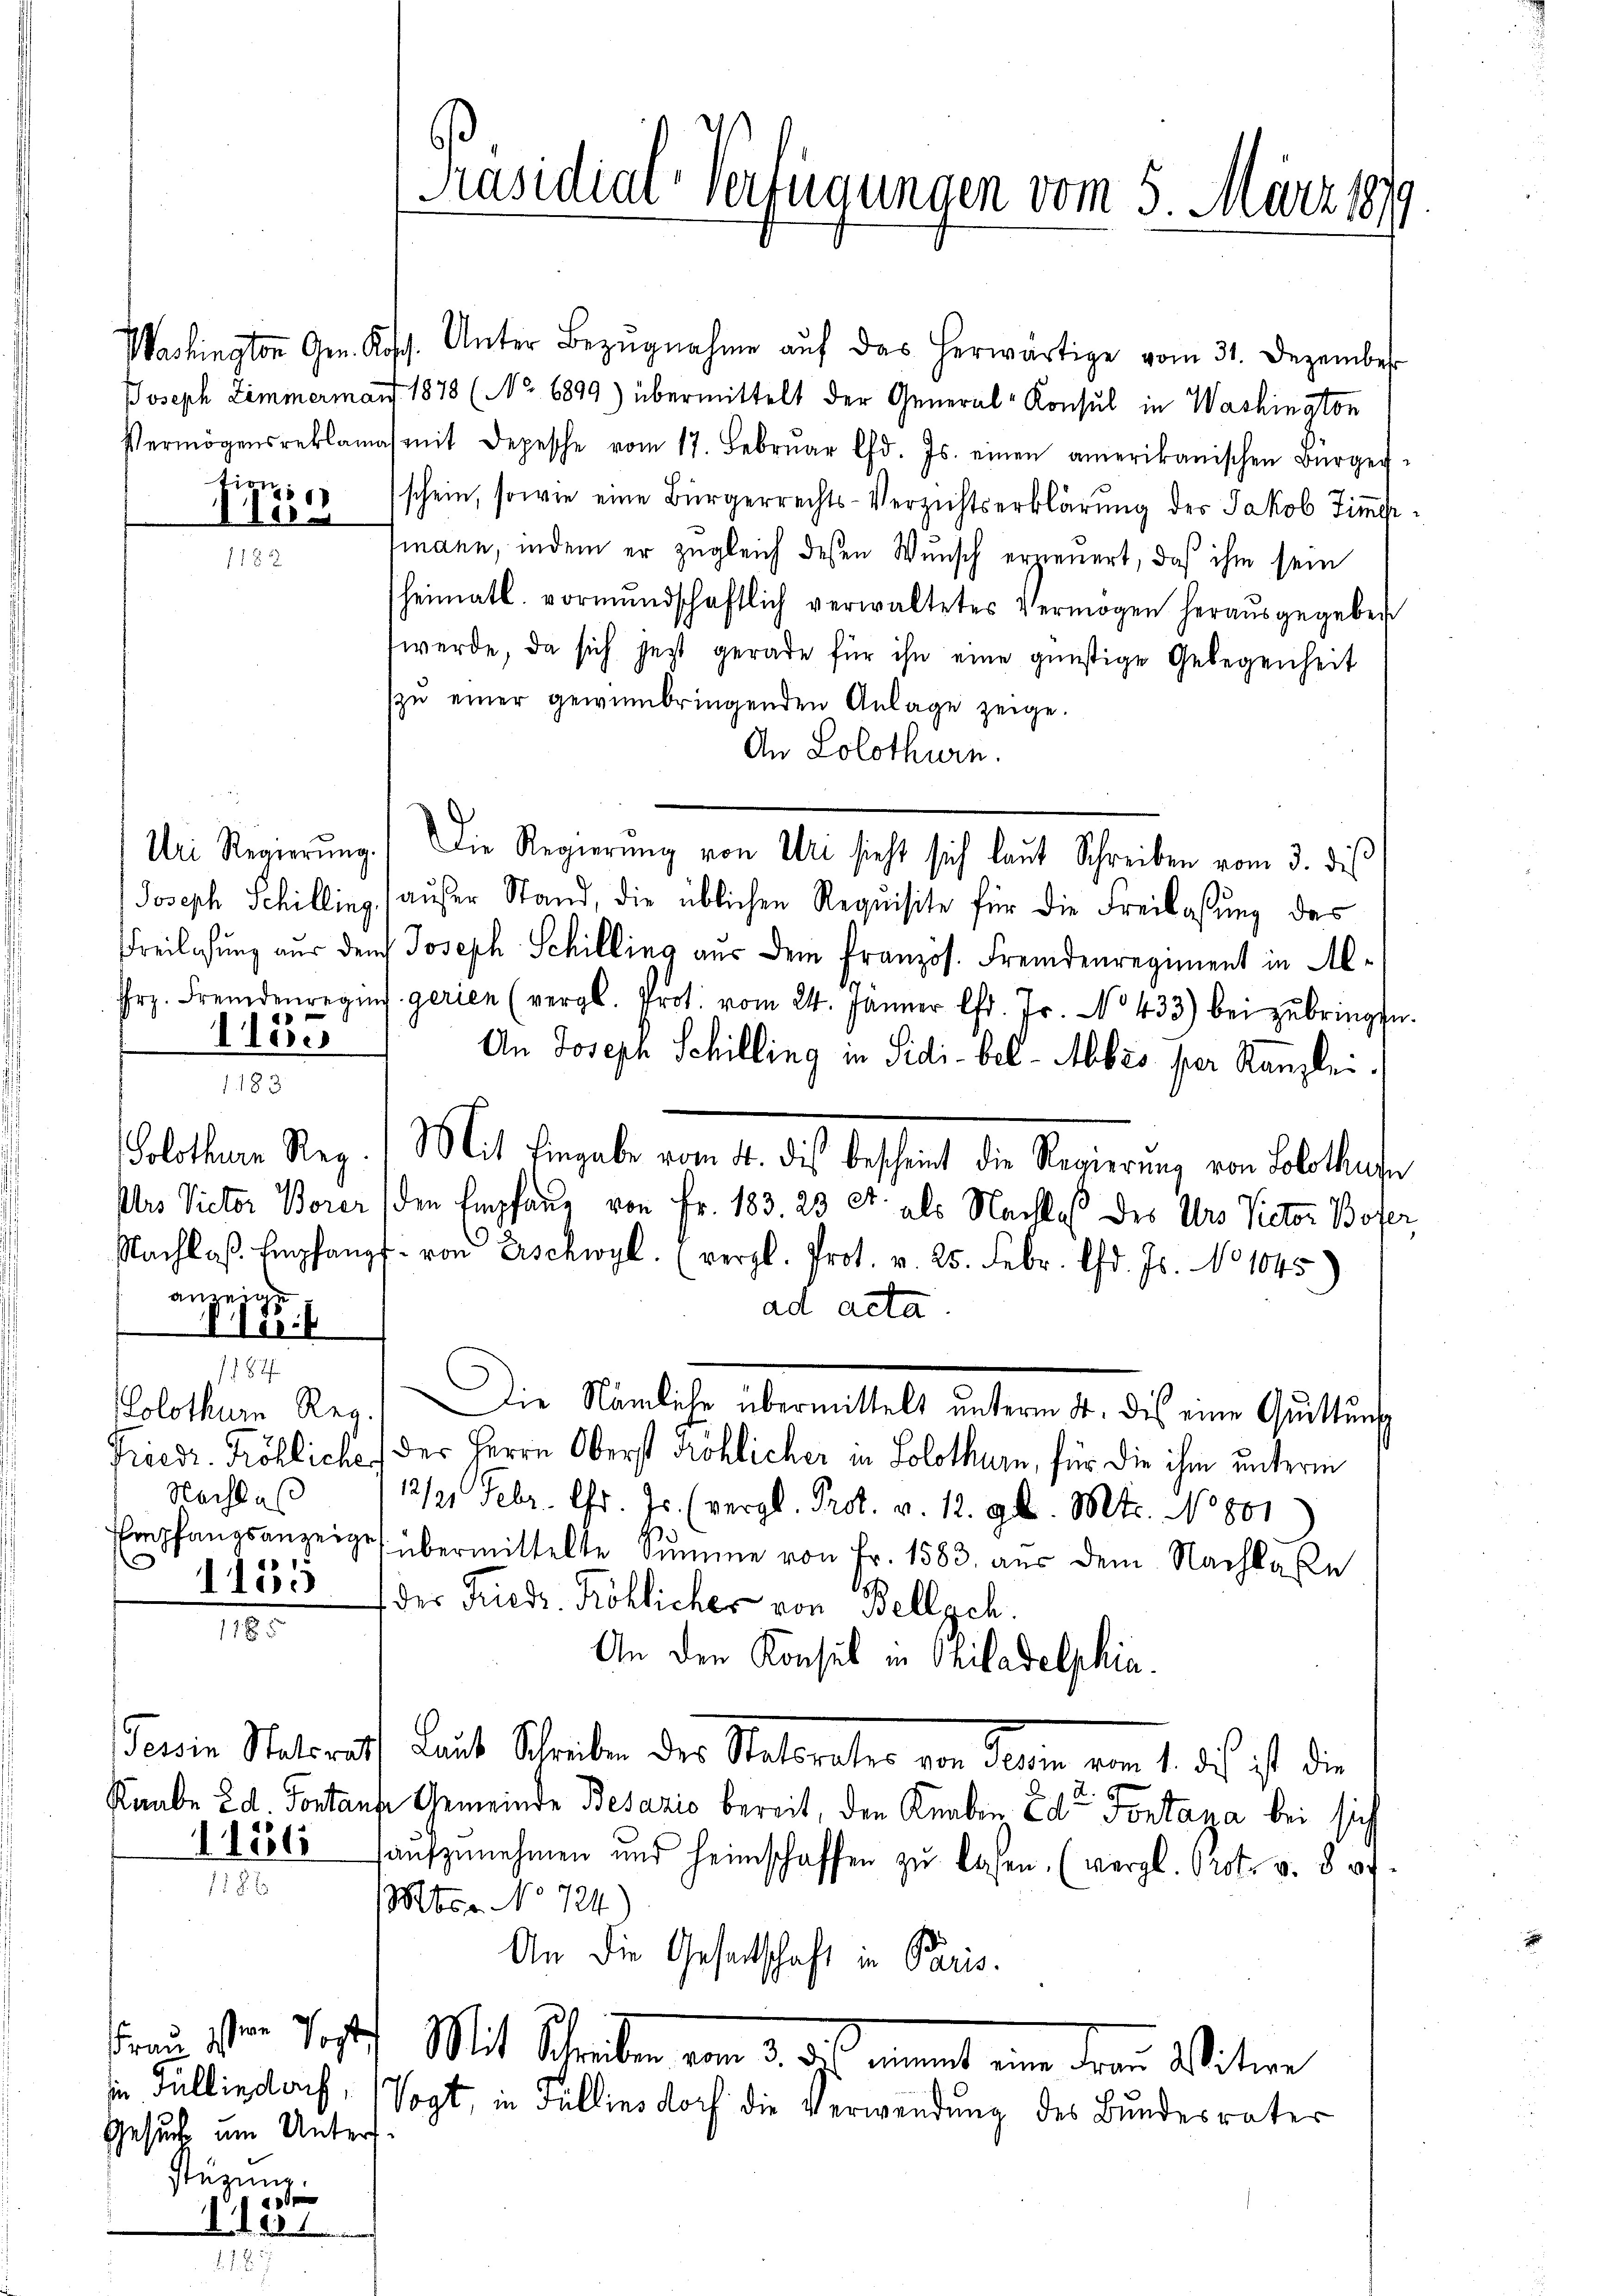
tion

240.

Uri Regierung
Joseph Schilling
Freilichung aus de
11.

Solothurn Reg.
1182
olothur Reg.
Nachlas
Empfangsanzeige
1155

anzeige
Iter:

Tessin Statori
Kaube Ed. Fontan

öti

Gesuch um Unters
stüzung.
e

e

Präsidial-Verfügungen vom 5. März 1879

Washington Gen. Kasp. Unter Bezŭgnahme aŭf das herwärtige vom 31. Dezember
Joseph Zimmermann 1878 (No. 1899) übermittelt der General-Konsul in Washington
Vermögensreklamas mit Depesche vom 17. Febrŭar d. Js. einen amerikanischen Bürger-
schein, sowie eine Bürgerrechts-Verzichtserklärung des Jakob Zimmersmann, indem er zugleich deßen Wunsch erzienert, daß ihm sein
heimatl. vormŭndschaftlich verwaltetes Vermögen heraŭsgegeben
werde, da sich jetzt gerade für ihn eine günstige Gelegenheit
zŭ einer gewinbringenden Anlage zeige.
An Solothurn.
g.) Die Regierung von Uri sicht sich laut Schreiben vom 3. des
ghaŭser Stand, die üblichen Requisite für die Freilassung des
f Joseph Schilling aus dem Französ. Fremdenregiment in Al¬
Frz. Fremdenreging gerien (vergl. Prot. vom 24. Jänner l. Js. No 433) bei zŭbringen.
An Joseph Schilling in Sidi-bel-Albis, per Kanzlei.
Mit Eingabe vom 4. dis bescheint die Regierung von Solothurn
Urs Victor Borer den Empfang von Fr. 183. 23 et als Nachtes des Urs Victor Bofer
Nachlaβ. Empfang von Erschwyl. (vergl. Prot. v. 25. Febr. d. Js. No 1045.)
ad acta
Die Nämliche übermittelt unterm 4. dis eine Quittung
Friedr. Fröhliches der Herrn Oberst Köhlicher in Solothurn, für die ihm unterm
12/21 Febr. fr. Js. (vergl. Prot. v. 12. gl. Mts. No 801
 übermittelte Summe von Fr. 1583. aus dem Nachlaße
der Friedr. Röhliches von Bellsch.
An den Konsul in Philadelphia
4. Recht Schreiben des Stattreter von Alten vom 1. des ist die
ene Gemeinde Besazić bereit, den Knaben Eder Fontaza bei sich
haŭfzŭnehmen und heimschaffen zŭ lasen. (vergl. Prot. v. 8 f.
ber. No 724.
An die Gesetschaft in Paris.
Frau schon Josef Mit Schreiben vom 3. das einmit eine Frau Witwe
in Fullindorf, Vogt, in Fullins doch die Verwendung des Bundesrater